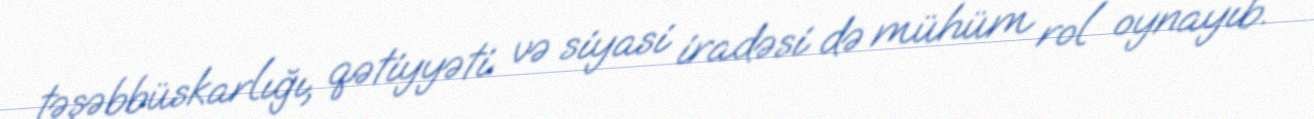
təşəbbüskarlığı, qətiyyəti və siyasi iradəsi də mühüm rol oynayıb.